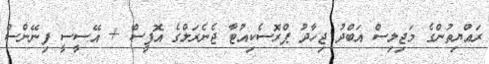
ރައްޔިތުންގެ މަޖިލިސް އަބްދު ޖިހާދު ޕްރޮސެކިއުޓާ ޖެނެރަލްގެ އޮފީސް + އޭސީސީ ފިނޭންސް